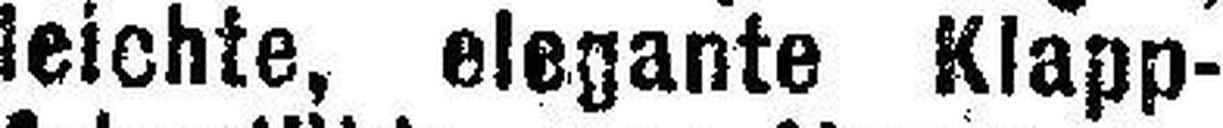
leichte, elegante Klapp¬